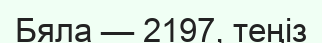
Бяла — 2197, теңіз